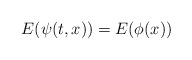
\begin{align*}E(\psi (t,x))=E(\phi (x)) \end{align*}